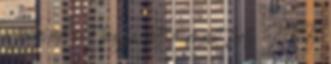
a junior elit tagja lett a múlt heti ITF